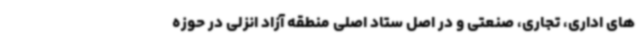
های اداری، تجاری، صنعتی و در اصل ستاد اصلی منطقه آزاد انزلی در حوزه